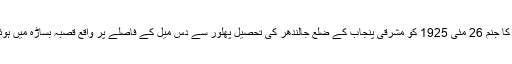
ان کا جنم 26 مئی 1925 کو مشرقی پنجاب کے ضلع جالندھر کی تحصیل پھلور سے دس میل کے فاصلے پر واقع قصبہ بساڑہ میں ہوئی۔